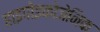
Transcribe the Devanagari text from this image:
हाइपोइकोजेनिक